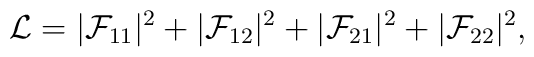
{\cal L} = |{\cal F}_{11}|^2 + |{\cal F}_{12}|^2 +           |{\cal F}_{21}|^2 + |{\cal F}_{22}|^2 ,